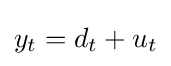
y_{t}=d_{t}+u_{t}